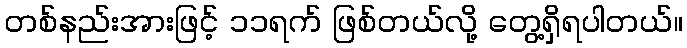
တစ်နည်းအားဖြင့် ၁၁ရက် ဖြစ်တယ်လို့ တွေ့ရှိရပါတယ်။